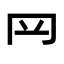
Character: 𦉰